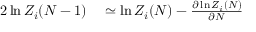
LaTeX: \begin{array} { r l } { { 2 } \ln Z _ { i } ( N - 1 ) } & { { } \simeq \ln Z _ { i } ( N ) - { \frac { \partial \ln Z _ { i } ( N ) } { \partial N } } } \end{array}